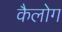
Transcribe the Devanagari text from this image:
कैलोग